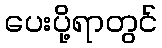
ပေးပို့ရာတွင်